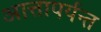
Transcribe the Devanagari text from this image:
आत्तापर्यन्त